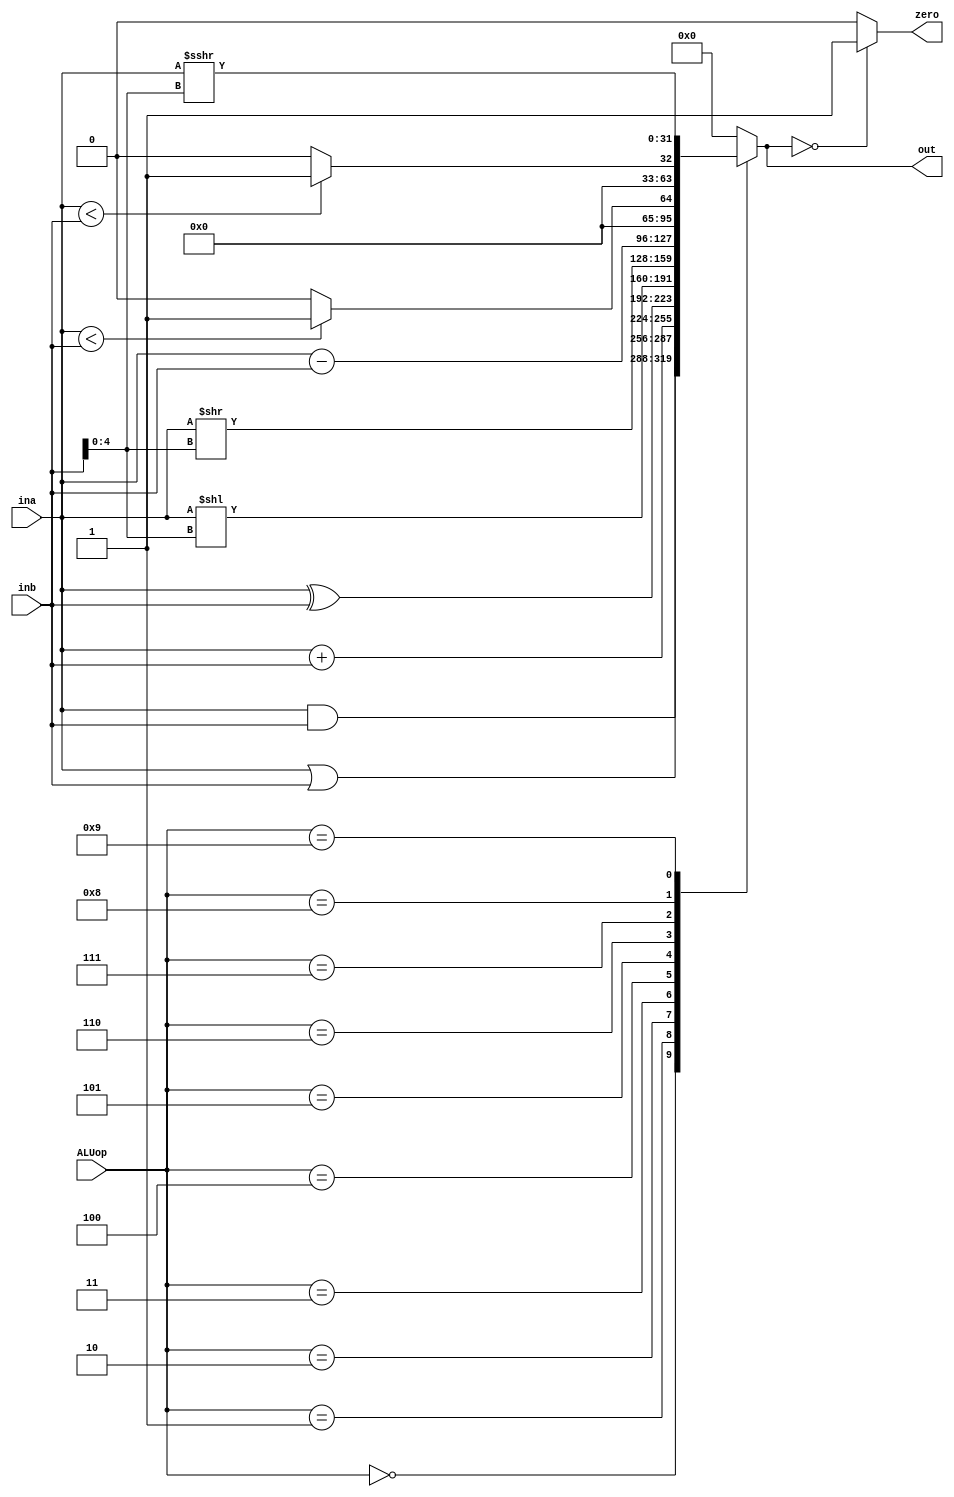
`timescale 1ns / 1ps

module ALU(input [3:0] ALUop,
           input [31:0] ina,inb,
           output zero,
           output reg [31:0] out);

    always@(*)
    begin 
        case(ALUop)
            4'b0000: out <= ina & inb; 
            4'b0001: out <= ina | inb; 
            4'b0010: out <= ina + inb;
            4'b0011: out <= ina ^ inb;
            4'b0100: out <= ina << inb[4:0];
            4'b0101: out <= ina >> inb[4:0];
            4'b0110: out <= ina - inb;
            4'b0111: out <= (ina < inb) ? 32'b1 : 32'b0;
            4'b1000: out <= ($signed(ina) < $signed(inb)) ? 32'b1 : 32'b0;
            4'b1001: out <= ina >>> inb[4:0];
            default: begin
                out <= 32'b0;
            end
        endcase 
    end        
    
    assign zero = (out==32'b0)? 1'b1 : 1'b0;    
    
endmodule